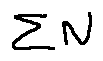
\sum N